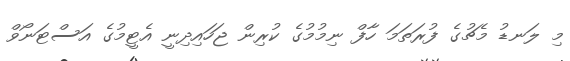
މި ލަނޑު މެޗުގެ ފުރަތަމަ ހާފް ނިމުމުގެ ކުރިން ޖަހައިދިނީ އެޓީމުގެ އަސްޓަނޯވް